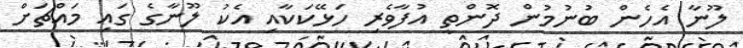
ލޫނާ އެހެން ބުނުމުން ދޮންތީ އުފާވެރި ހަޅޭކަކާއި އެކު ލޫނާގެ ގައި މައްޗަށް